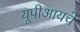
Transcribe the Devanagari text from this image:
यूपीआयचे